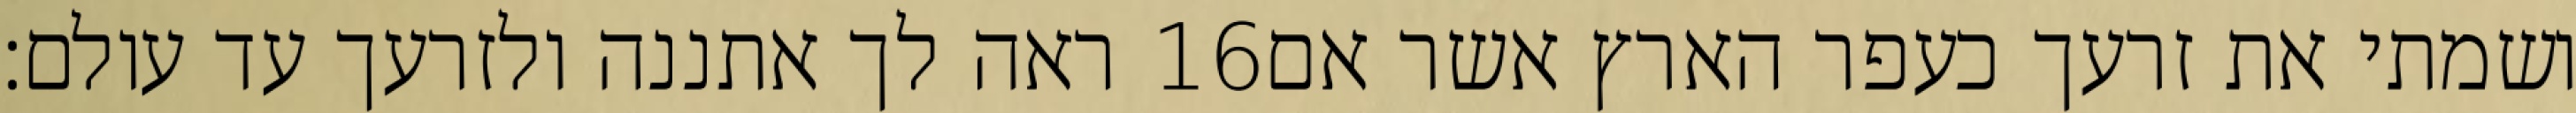
ראה לך אתננה ולזרעך עד עולם׃ ‎16‏ ושמתי את זרעך כעפר הארץ אשר אם